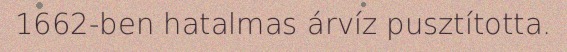
1662-ben hatalmas árvíz pusztította.